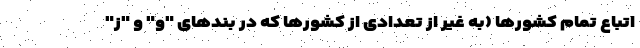
اتباع تمام کشورها (به غیر از تعدادی از کشورها که در بندهای "و" و "ز"